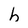
Character: h